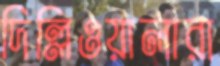
দিল্লিওয়ালারা